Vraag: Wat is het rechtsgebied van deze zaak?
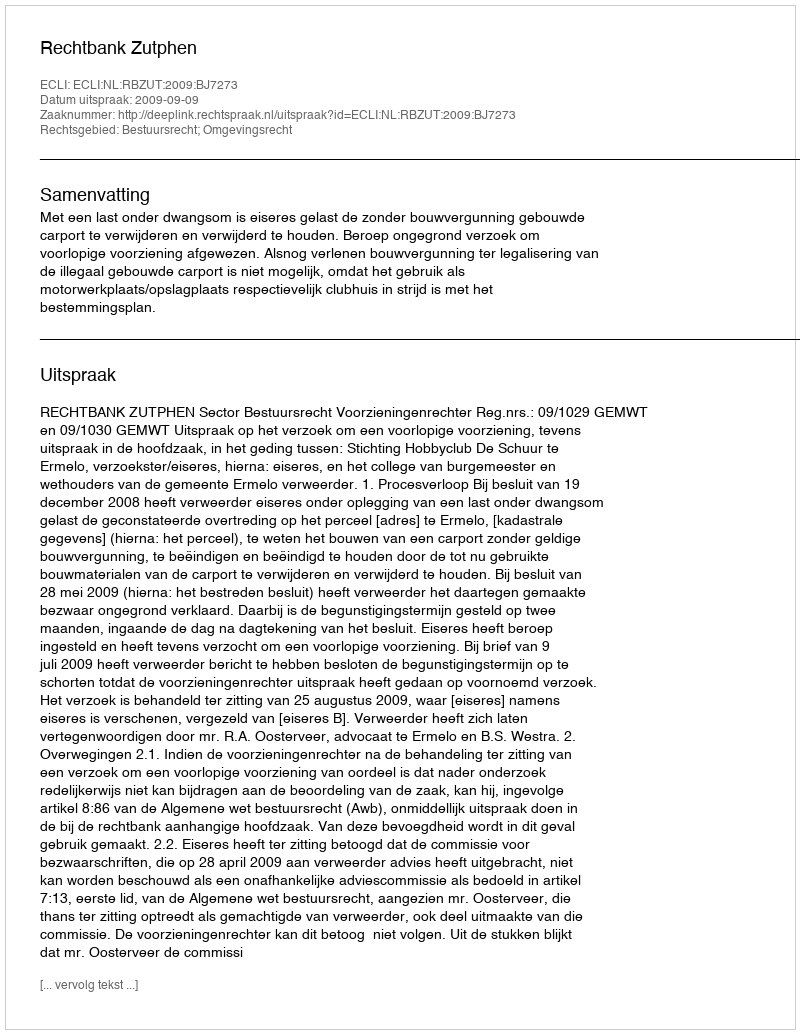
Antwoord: Bestuursrecht; Omgevingsrecht